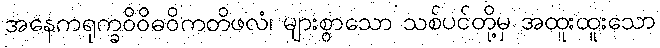
အနေကရုက္ခဝိဝိဓဝိကတိဖလံ၊ များစွာသော သစ်ပင်တို့မှ အထူးထူးသော